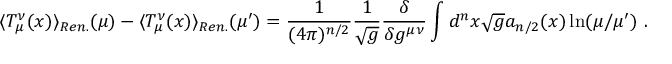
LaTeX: \langle T _ { \mu } ^ { \nu } ( x ) \rangle _ { R e n . } ( \mu ) - \langle T _ { \mu } ^ { \nu } ( x ) \rangle _ { R e n . } ( \mu ^ { \prime } ) = \frac 1 { ( 4 \pi ) ^ { n / 2 } } \frac 1 { \sqrt { g } } \frac \delta { \delta g ^ { \mu \nu } } \int d ^ { n } x \sqrt { g } a _ { n / 2 } ( x ) \ln ( \mu / \mu ^ { \prime } ) \ .